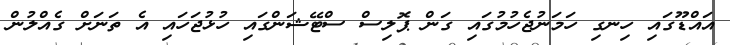
އައްޑޫގައި ހިނގި ހަމަނުޖެހުމުގައި ގަން ޕޮލިސް ސްޓޭޝަންގައި ހުޅުޖަހައި އެ ތަނަށް ގެއްްލުން